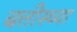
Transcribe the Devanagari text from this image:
बत्तीस्च्या